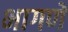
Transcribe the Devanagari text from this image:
भागणे